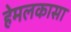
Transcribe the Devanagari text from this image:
हेमलकासा